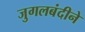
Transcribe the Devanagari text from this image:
जुगलबंदीने